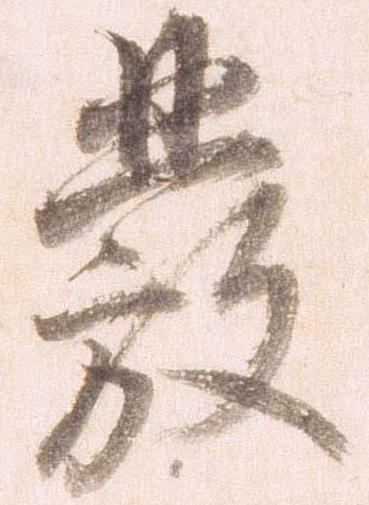
発